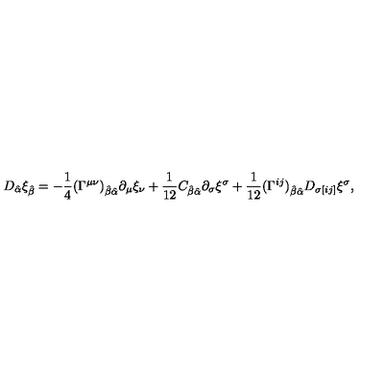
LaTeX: D _ { \hat { \alpha } } \xi _ { \hat { \beta } } = - { \frac { 1 } { 4 } } ( \Gamma ^ { \mu \nu } ) _ { \hat { \beta } \hat { \alpha } } \partial _ { \mu } \xi _ { \nu } + { \frac { 1 } { 1 2 } } C _ { \hat { \beta } \hat { \alpha } } \partial _ { \sigma } \xi ^ { \sigma } + { \frac { 1 } { 1 2 } } ( \Gamma ^ { i j } ) _ { \hat { \beta } \hat { \alpha } } D _ { \sigma [ i j ] } \xi ^ { \sigma } ,